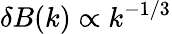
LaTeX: \delta B(k)\propto k^{-1/3}